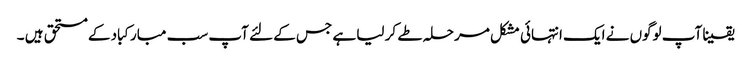
یقینا آپ لوگوں نے ایک انتہائی مشکل مرحلہ طے کر لیا ہے جس کے لئے آپ سب مبارکباد کے مستحق ہیں ۔